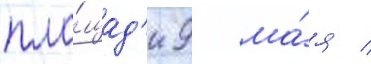
пло́щад'и 9 ма́я /